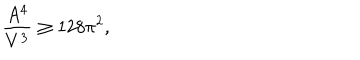
\frac { A ^ { 4 } } { V ^ { 3 } } \ge 1 2 8 \pi ^ { 2 } ,